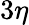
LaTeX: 3\eta